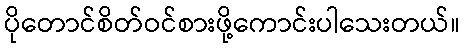
ပိုတောင်စိတ်ဝင်စားဖို့ကောင်းပါသေးတယ်။